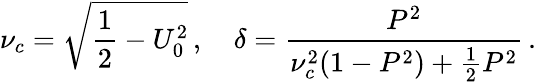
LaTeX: \nu_{c}=\sqrt{\frac{1}{2}-U_{0}^{2}}\, ,\quad\delta=\frac{P^{2}}{\nu_{c}^{2}(1-P^{2})+\frac{1}{2}P^{2}}\, .